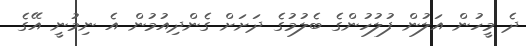
ދެ މީހުން އަލުން ފުލުހުންގެ ބެލުމުގެ ދަށަށް ގެންދިއުމުން އެ ނިމުނީ އޭގެ